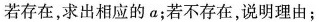
若存在，求出相应的a；若不存在，说明理由；